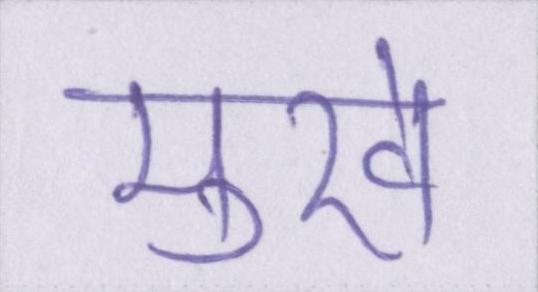
मुखे